Annual report on the health of the army in India
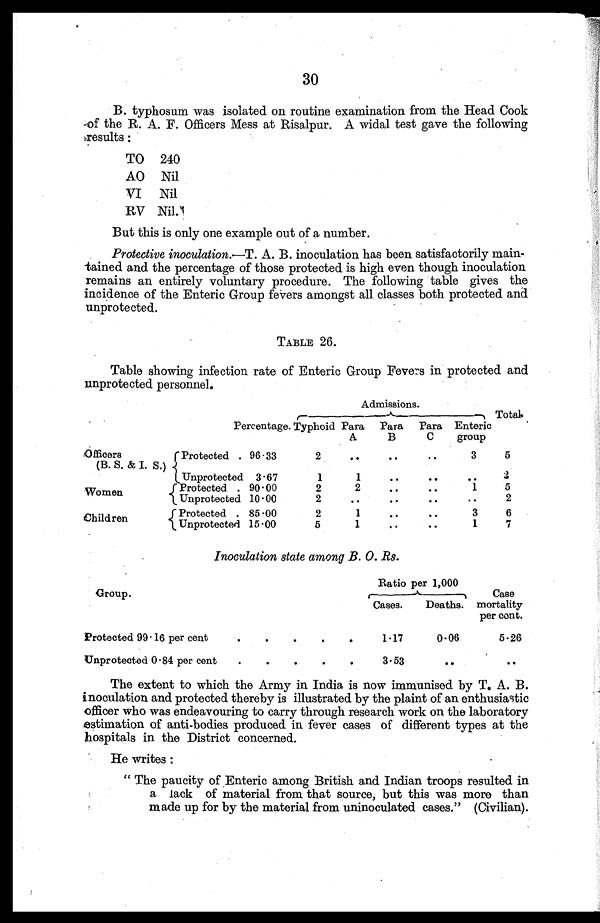
30
B. typhosum was isolated on routine examination from the Head Cook
of the R. A. F. Officers Mess at Risalpur. A widal test gave the following
results:
TO 240
AO Nil
VI
Nil
R V Nil
But this is only one example out of a number.
Protective inoculation.—T. A. B. inoculation has been satisfactorily main
t a i n e d a n d t h e p e r c e n t a g e o f t h o s e p r o t e c t e d i s h i g h e v e n t h o u g h i n o c u l a t i o n
remains an entirely voluntary procedure. The following table gives the
incidence of the Enteric Group fevers amongst all classes both protected and
unprotected.
TABLE 26.
Table showing infection rate of Enteric Group Fevers in protected and
unprotected personnel.
Admissions.
Total.
Percentage. Typhoid Para
A
Para
B
Para
C
Enteric
group
Officers
(B. S. & I. S.)
Protected . 96.33
2
..
..
..
3
5
Unprotected 3.67
1
1
..
. .
..
2
Women
Protected . 90.00
2
2
. .
. .
1
5
Unprotected 10.00
2
. .
. .
. .
..
2
Children
Protected . 85.00
2
1
..
..
3
6
Unprotected 15.00
5
1
. .
..
1
7
Inoculation state among B. 0. Rs.
Group.
Ratio per 1,000
Case
mortality
per cent.
Cases.
-
Deaths.
Protected 99.16 per cent
.
.
.
.
.
1.17
0.06
5.26
Unprotected 0.84 per cent
.
.
.
.
.
3.53
..
..
The extent to which the Army in India is now immunised by T. A. B.
inoculation and protected thereby is illustrated by the plaint of an enthusiastic
officer who was endeavouring to carry through research work on the laboratory
estimation of anti-bodies produced in fever cases of different types at the
hospitals in the District concerned.
He writes:
" The paucity of Enteric among British and Indian troops resulted in
a lack of material from that source, but this was more than
made up for by the material from uninoculated cases." (Civilian).